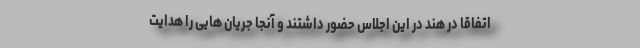
اتفاقاً در هند در این اجلاس حضور داشتند و آنجا جریان هایی را هدایت